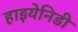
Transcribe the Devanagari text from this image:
हाइयेनिडी